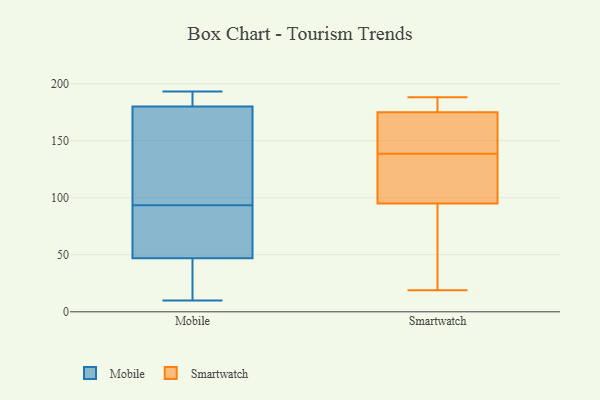
{"axis": {"x": "LTV (USD)", "y": "Value"}, "legend": ["Mobile", "Smartwatch"], "data": [{"x": "", "y": 48, "type": "Mobile"}, {"x": "", "y": 10, "type": "Mobile"}, {"x": "", "y": 46, "type": "Mobile"}, {"x": "", "y": 10, "type": "Mobile"}, {"x": "", "y": 183, "type": "Mobile"}, {"x": "", "y": 69, "type": "Mobile"}, {"x": "", "y": 184, "type": "Mobile"}, {"x": "", "y": 26, "type": "Mobile"}, {"x": "", "y": 69, "type": "Mobile"}, {"x": "", "y": 179, "type": "Mobile"}, {"x": "", "y": 181, "type": "Mobile"}, {"x": "", "y": 118, "type": "Mobile"}, {"x": "", "y": 142, "type": "Mobile"}, {"x": "", "y": 193, "type": "Mobile"}, {"x": "", "y": 169, "type": "Mobile"}, {"x": "", "y": 50, "type": "Mobile"}, {"x": "", "y": 165, "type": "Mobile"}, {"x": "", "y": 56, "type": "Mobile"}, {"x": "", "y": 190, "type": "Mobile"}, {"x": "", "y": 40, "type": "Mobile"}, {"x": "", "y": 19, "type": "Smartwatch"}, {"x": "", "y": 115, "type": "Smartwatch"}, {"x": "", "y": 61, "type": "Smartwatch"}, {"x": "", "y": 74, "type": "Smartwatch"}, {"x": "", "y": 126, "type": "Smartwatch"}, {"x": "", "y": 84, "type": "Smartwatch"}, {"x": "", "y": 140, "type": "Smartwatch"}, {"x": "", "y": 188, "type": "Smartwatch"}, {"x": "", "y": 175, "type": "Smartwatch"}, {"x": "", "y": 175, "type": "Smartwatch"}, {"x": "", "y": 176, "type": "Smartwatch"}, {"x": "", "y": 95, "type": "Smartwatch"}, {"x": "", "y": 147, "type": "Smartwatch"}, {"x": "", "y": 142, "type": "Smartwatch"}, {"x": "", "y": 137, "type": "Smartwatch"}, {"x": "", "y": 104, "type": "Smartwatch"}, {"x": "", "y": 186, "type": "Smartwatch"}, {"x": "", "y": 182, "type": "Smartwatch"}]}